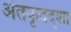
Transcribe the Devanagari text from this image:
अंतकृदद्शा